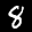
Label: 8